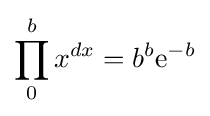
\prod _{0}^{b}x^{dx}=b^{b}{\rm {e}}^{-b}